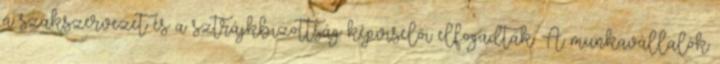
a szakszervezet és a sztrájkbizottság képviselői elfogadtak. A munkavállalók